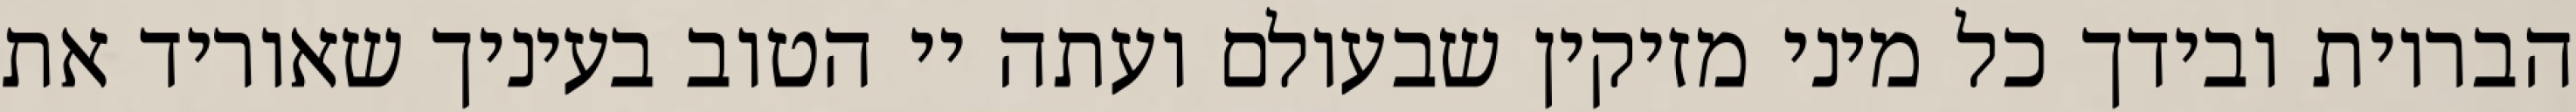
הבריות ובידך כל מיני מזיקין שבעולם ועתה יי הטוב בעיניך שאוריד את